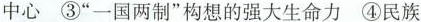
中心③”一国两制”构想的强大生命力④民族